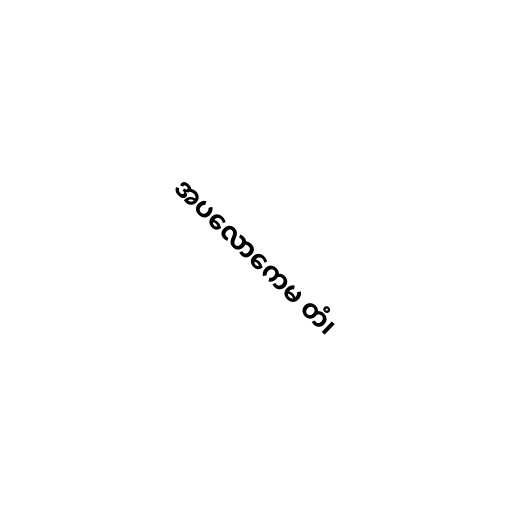
အပလောကေမ တံ၊